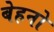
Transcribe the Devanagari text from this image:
बेहनो